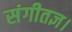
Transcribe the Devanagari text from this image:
संगीतज्ञ।